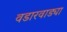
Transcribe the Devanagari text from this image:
वडारवाड्या